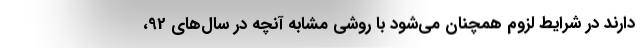
دارند در شرایط لزوم همچنان می‌شود با روشی مشابه آنچه در سال‌های 92،